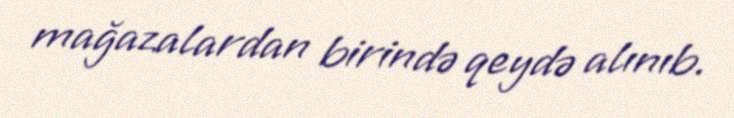
mağazalardan birində qeydə alınıb.